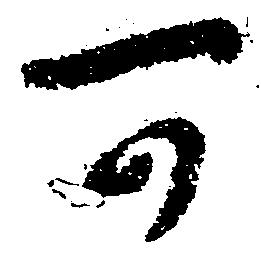
可